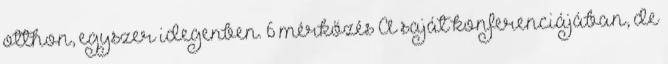
otthon, egyszer idegenben. 6 mérkőzés A saját konferenciájában, de